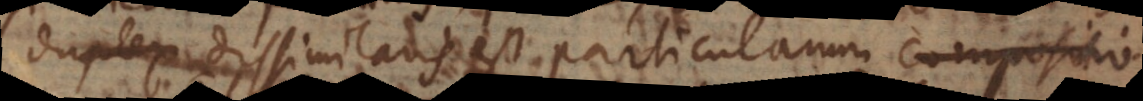
duplex dissimilaris est particularum composit